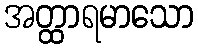
အတ္ထာရမာသော